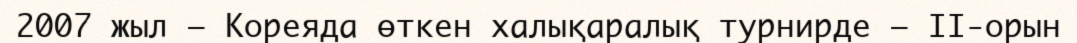
2007 жыл — Кореяда өткен халықаралық турнирде — ІІ-орын